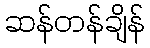
ဆန်တန်ချိန်